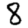
Digit: 8